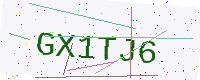
Text: GX1TJ6